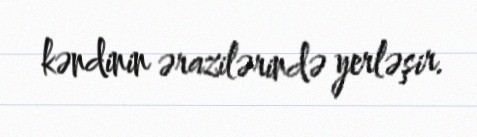
kəndinin ərazilərində yerləşir.